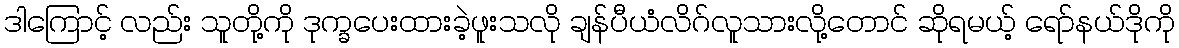
ဒါကြောင့် လည်း သူတို့ကို ဒုက္ခပေးထားခဲ့ဖူးသလို ချန်ပီယံလိဂ်လူသားလို့တောင် ဆိုရမယ့် ရော်နယ်ဒိုကို